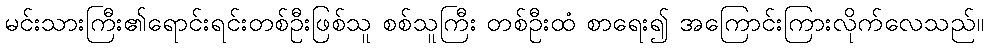
မင်းသားကြီး၏ရောင်းရင်းတစ်ဦးဖြစ်သူ စစ်သူကြီး တစ်ဦးထံ စာရေး၍ အကြောင်းကြားလိုက်လေသည်။